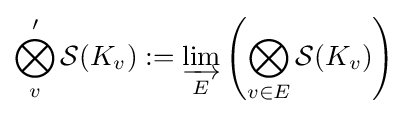
\bigotimes _{v}'{\mathcal {S}}(K_{v}):=\varinjlim _{E}\left(\bigotimes _{v\in E}{\mathcal {S}}(K_{v})\right)